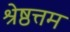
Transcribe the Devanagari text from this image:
श्रेष्ठत्तम